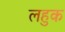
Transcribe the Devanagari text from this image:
लहुक